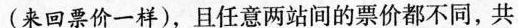
（来回票价一样)，且任意两站间的票价都不同，共